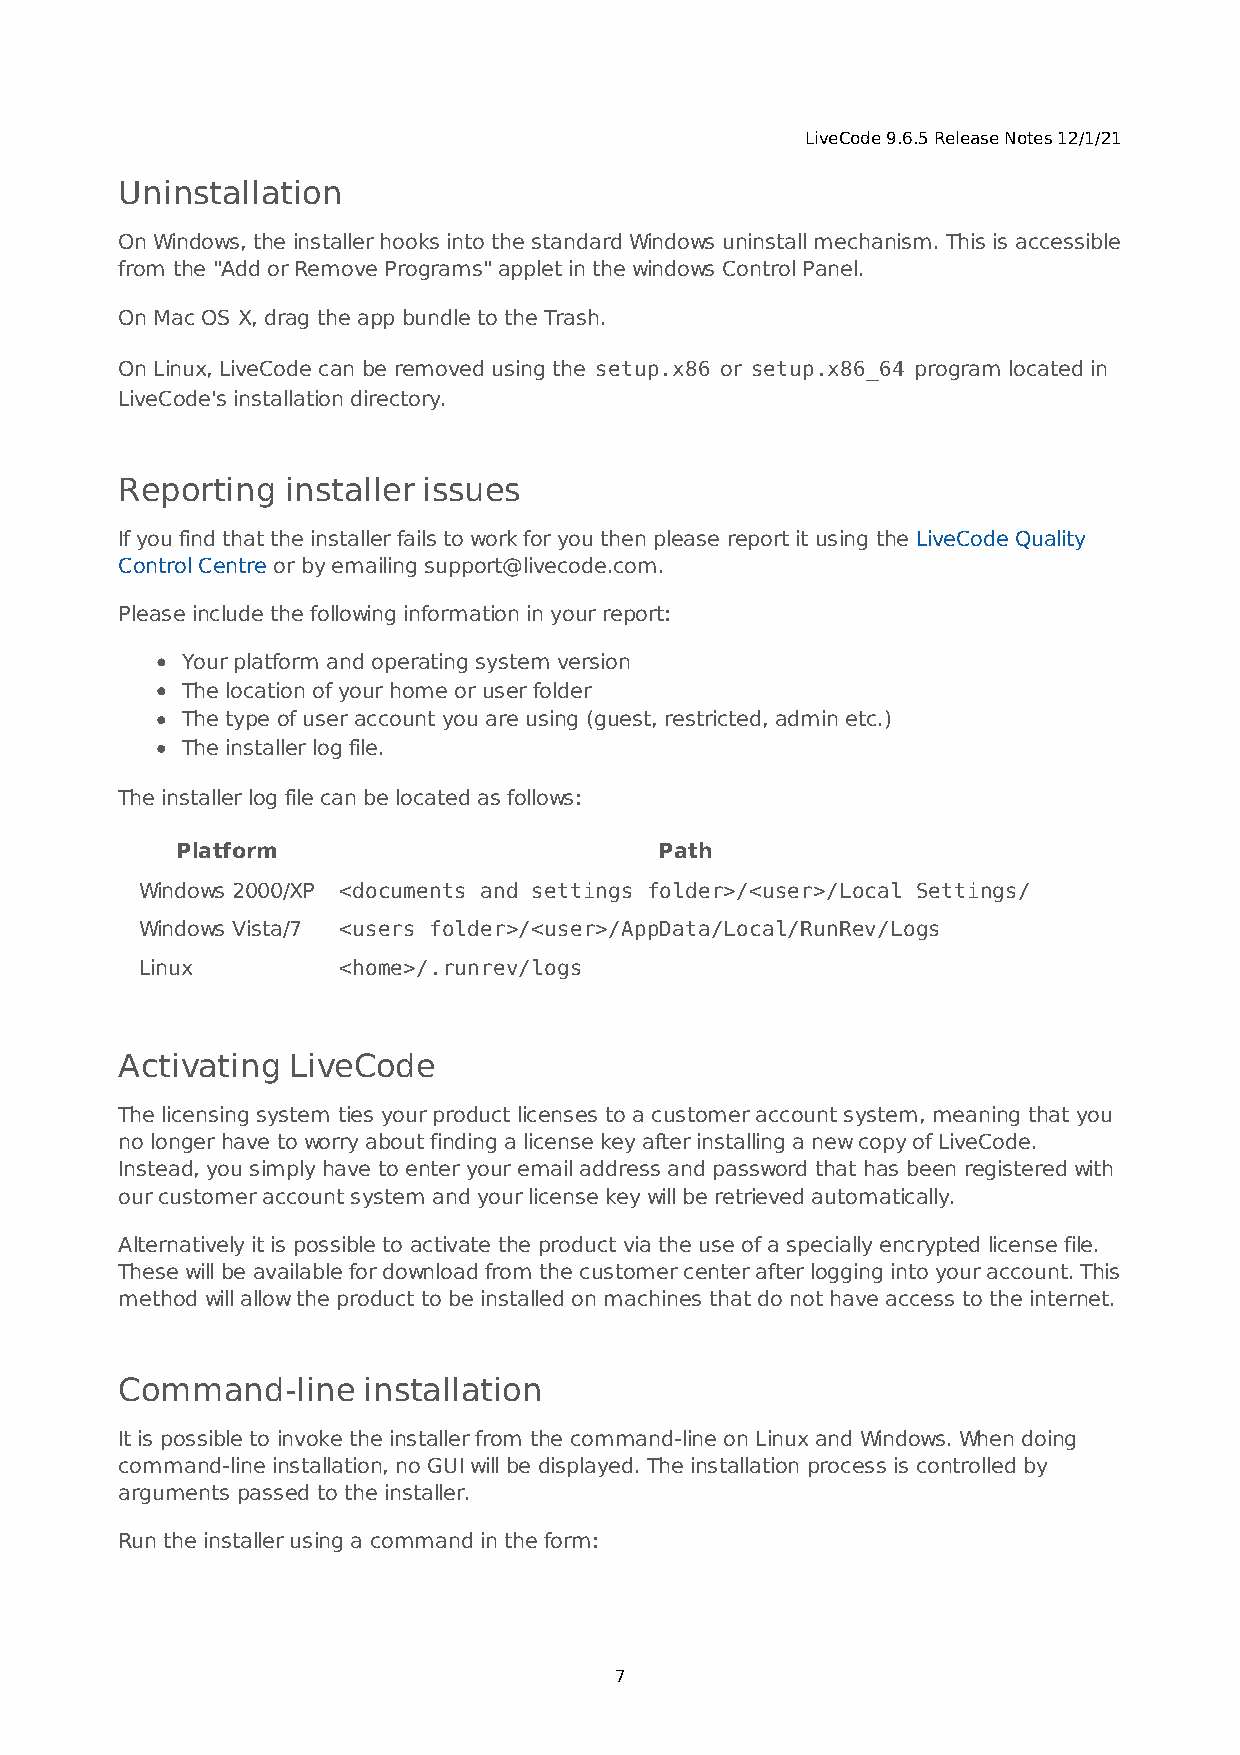
LiveCode 9.6.5 Release Notes 12/1/21
 Uninstallation
 On Windows, the installer hooks into the standard Windows uninstall mechanism. This is accessible
 from the "Add or Remove Programs" applet in the windows Control Panel.
 On Mac OS X, drag the app bundle to the Trash.
 On Linux, LiveCode can be removed using the setup.x86 or setup.x86_64 program located in
 LiveCode's installation directory.
 Reporting  installer issues
 If you find that the installer fails to work for you then please report it using the LiveCode Quality
 Control Centre or by emailing support@livecode.com.
 Please include the following information in your report:
 Your platform and operating system version
 The location of your home or user folder
 The type of user account you are using (guest, restricted, admin etc.)
 The installer log file.
 The installer log file can be located as follows:
 Platform                        Path
 Windows 2000/XP <documents and settings folder>/<user>/Local Settings/
 Windows Vista/7 <users folder>/<user>/AppData/Local/RunRev/Logs
 Linux        <home>/.runrev/logs
 Activating LiveCode
 The licensing system ties your product licenses to a customer account system, meaning that you
 no longer have to worry about finding a license key after installing a new copy of LiveCode.
 Instead, you simply have to enter your email address and password that has been registered with
 our customer account system and your license key will be retrieved automatically.
 Alternatively it is possible to activate the product via the use of a specially encrypted license file.
 These will be available for download from the customer center after logging into your account. This
 method will allow the product to be installed on machines that do not have access to the internet.
 Command-line    installation
 It is possible to invoke the installer from the command-line on Linux and Windows. When doing
 command-line installation, no GUI will be displayed. The installation process is controlled by
 arguments passed to the installer.
 Run the installer using a command in the form:
 7